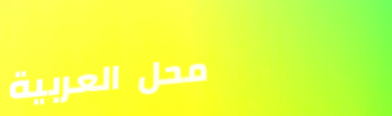
محل العربية